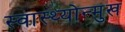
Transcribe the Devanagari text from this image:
स्वास्थ्योन्मुख